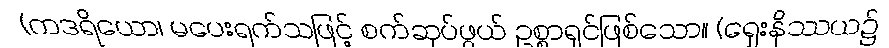
(ကဒရိယော၊ မပေးရက်သဖြင့် စက်ဆုပ်ဖွယ် ဥစ္စာရှင်ဖြစ်သော။ (ရှေးနိဿယ၌